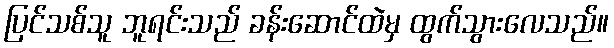
ပြင်သစ်သူ ဘူရင်းသည် ခန်းဆောင်ထဲမှ ထွက်သွားလေသည်။